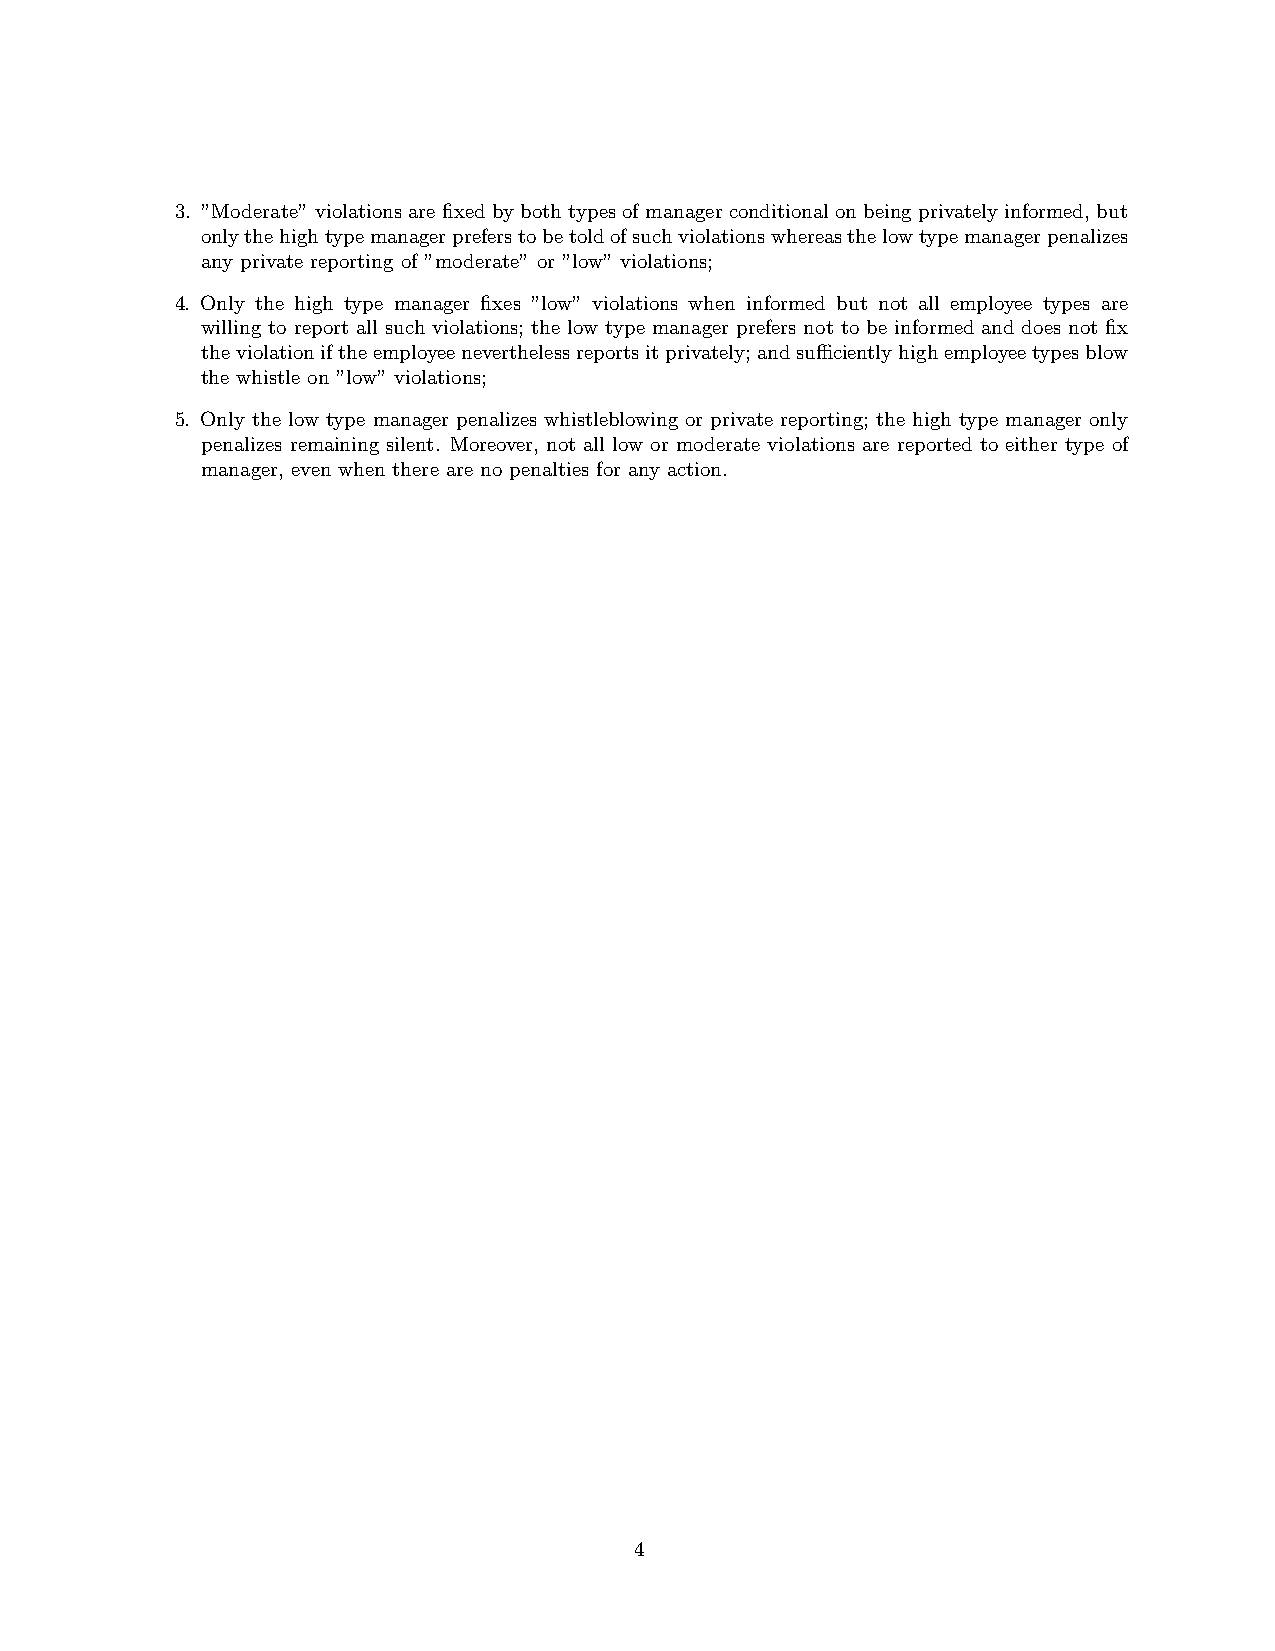
3. ”Moderate” violations are fixed by both types of manager conditional on being privately informed, but
 onlythehightypemanagerpreferstobetoldofsuchviolationswhereasthelowtypemanagerpenalizes
 any private reporting of ”moderate” or ”low” violations;
 4. Only the high type manager fixes ”low” violations when informed but not all employee types are
 willing to report all such violations; the low type manager prefers not to be informed and does not fix
 theviolationiftheemployeeneverthelessreportsitprivately;andsufficientlyhighemployeetypesblow
 the whistle on ”low” violations;
 5. Only the low type manager penalizes whistleblowing or private reporting; the high type manager only
 penalizes remaining silent. Moreover, not all low or moderate violations are reported to either type of
 manager, even when there are no penalties for any action.
 4